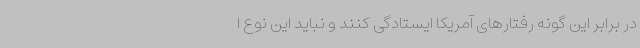
در برابر این گونه رفتارهای آمریکا ایستادگی کنند و نباید این نوع ا